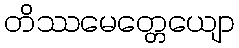
တိဿမေတ္တေယျော